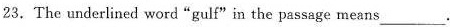
23.The underlined word"gulf"in the passage means___.